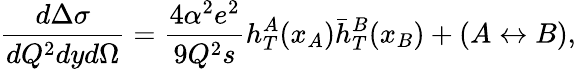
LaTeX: {\frac{d\Delta\sigma}{dQ^{2}dyd\Omega}}={\frac{4\alpha^{2}e^{2}}{9Q^{2}s}}h_{T}^{A}(x_{A})\bar{h}_{T}^{B}(x_{B})+(A\leftrightarrow B),